Account of plague administration in the Bombay Presidency from September 1896 till May 1897
Year: 1896
Disease focus: Plague
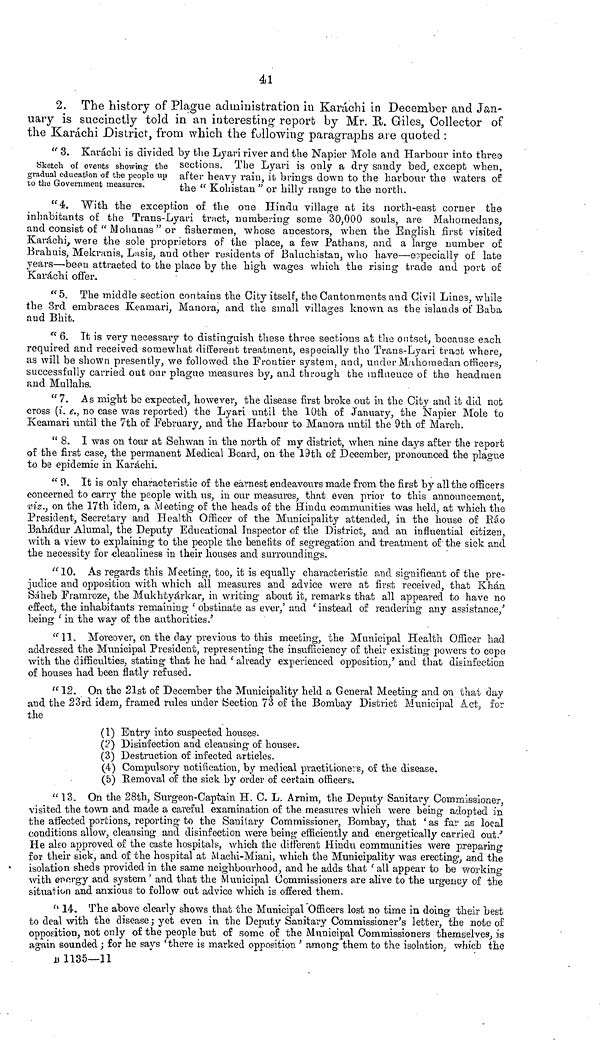
41
2. The history of Plague administration in Karachi in December and Jan-
uary is succinctly told in an interesting 1 report by Mr. B/. Giles, Collector of
the Karachi District, from which the following paragraphs are quoted :
Sketch of events showing the
gradual education of the people up
to the Government measures.
" 3. Karachi is divided by the Lyari river and the Napier Mole and Harbour into three
sections. The Lyavi is only a di*y sandy bed, except when,
after heavy rain, it brings down to the harbour the waters of
the " Kohistan " or hilly range to the north.
"4. With the exception of the one Hindu village at its north-east corner the
inhabitants of the Trans-Lyari tract, numbering some 30,000 souls, are Mahqmedans,
and consist of " Moiianas " or fishermen, whose ancestors, when the English first visited
Karachi, were the sole proprietors of the place, a few Pathans, and a large number of.
Brahuis, Mekranis, LMSÌS, and other residents of Baluchistan, who have—especially of late
years—been attracted to the place by the high wages which the rising trade and port of
Karachi offer.
"5. The middle section contains the City itself, the Cantonments and Civil Lines, while
the 3rd embraces Keamari, Manora, and the small villages known as the islands of Babà
aud Bhit.
e( 6. It is very necessary to distinguish these three sections at the outset, because each
required and received somewhat different treatment, especially the Trans-Lyari tract where,
as will be shown presently, we followed the Frontier system, and, under Miihomedan officers,
successfully carried out our plague measures by, ani through the influence o£ the headmen
and Mullahs.
"7. As might be expected, however, the disease first broke out in the City and it did not
cross (t. <?., no ease was reported) the Lyari until the 10th of January, the Napier Mole to
Keamari until the 7th of February, and the Harbour to Manora until the 9th of March.
" 8. I was on tour at Sehwan in the north of my district, when nine days after the report
of the first case, the permanent Medical Board, on the 19th of December, pronounced the plague
to be epidemic in Karachi.
" 0. It is only characteristic of the earnest endeavours made from the first by all the officers
concerned to carry the people with us, in our measures, that even prior to this announcement,
•viz., on the 17th idem, a Meeting of the heads of the Hindu communities was held, at which the
President, Secretary and Health Officer of the Municipality attended, in the house of Rao
Bahadur Alumal, the Deputy Educational Inspector of the District, and an influential citizen,
with a view to explaining to the people the benefits of segregation and treatment of the sick and
the necessity for cleanliness in their nouses and surroundings.
"10. As regards this Meeting, too, it is equally characteristic and significant of the pre-
judice and opposition with which all measures and advice were at first received, that Khan
Saheb Framroze, the Mukhtyarkar, in writing about it, remarks that all appeared to have no
effect, the inhabitants remaining 'obstinate as ever,' and 'instead of rendering any assistance/
l)eing ' in the way of the authorities/
"11. Moreover, on the clay previous to this meeting, the Municipal Health Officer had
addressed the Municipal President, representing the insufficiency of their existing· powers to cop«
with the difficulties, stating that he had ' already experienced opposition/ and that disinfection
of houses had been flatly refused.
" 12. On the 21st of December the Municipality held a General Meeting and on that clay
aud the 23rd idem, framed rules under {Section 73 of the Bombay District Municipal Act, for
the
(1) Entry into suspected houses.
(?) Disinfection and cleansing of houses.
(3) Destruction of infected articles.
(4) Compulsory notification, by medical practitioners, of the disease.
(5) Removal of the sick by order of certain officers.
" 13. On the 28th, Surgeon-Captain H. C. L. Arnim, the Deputy Sanitary Commissioner,
visited the town and made a careful examination of the measures which were being adopted in
the affected portions, reporting to the Sanitary Commissioner, Bombay, that ' as far as local
conditions allow, cleansing and disinfection were being efficiently and energetically carried out/
He also approved of the caste hospitals, which the different Hindu communities were preparing
for their sick, and of the hospital at M aehi-Miani, which the Municipality was erecting-, and the
isolation sheds provided in the same neighbourhood, and he adds that ' all appear to be working
with en orgy and system' and that the Municipal Commissioners are alive to the urgency o£ the
situation and anxious to follow out advice which is offered them.
" 14. The above clearly shows that the Municipal Officers lost no time in doing tneir best
to deal with the disease ; yet even in the Deputy Sanitary Commissioner's letter, the noto of
opposition, not only of the people but of some of the Municipal Commissioners themselves, is
ag-iiin sounded ; for he says 'there is marked opposition ' among them to the isolation ; which the
υ 1135—11